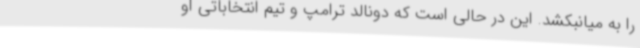
را به میانبکشد. این در حالی است که دونالد ترامپ و تیم انتخاباتی او